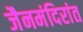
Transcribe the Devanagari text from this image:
जैनमंदिरांत